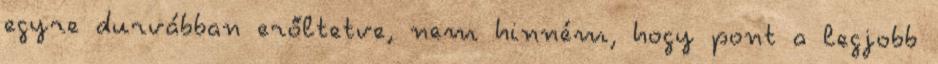
egyre durvábban erőltetve, nem hinném, hogy pont a legjobb